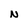
Character: N